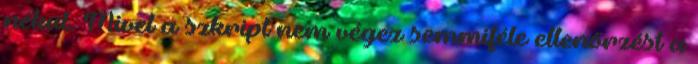
nékül. Mivel a szkript nem végez semmiféle ellenőrzést a